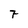
Character: 7